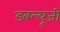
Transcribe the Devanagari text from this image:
डबल्यूजी